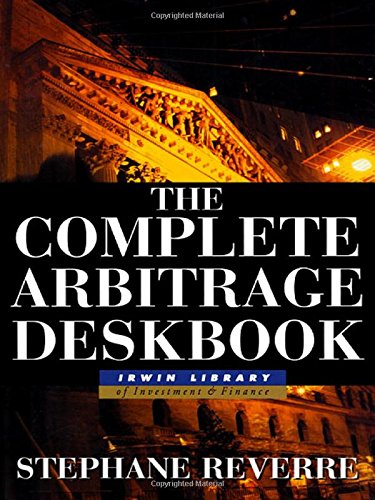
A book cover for The Complete Arbitrage Deskbook; Stephane Reverre; Business & Money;